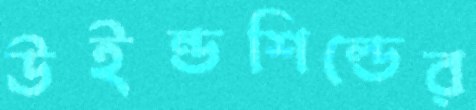
উইন্ডশিল্ডের